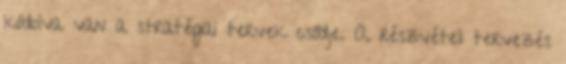
kódolva van a stratégiai tervek csődje. A részvételi tervezés